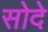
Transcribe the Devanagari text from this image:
सोदे